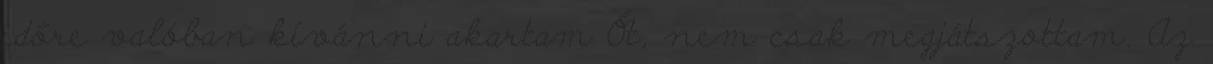
időre valóban kívánni akartam Őt, nem csak megjátszottam. Az